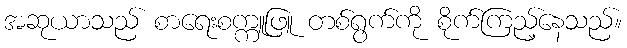
အဆုယာသည် စာရေးစက္ကူဖြူ တစ်ရွက်ကို စိုက်ကြည့်နေသည်။